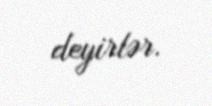
deyirlər.